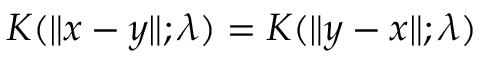
K ( \| x - y \| ; \lambda ) = K ( \| y - x \| ; \lambda )